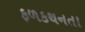
ફળકથનતા